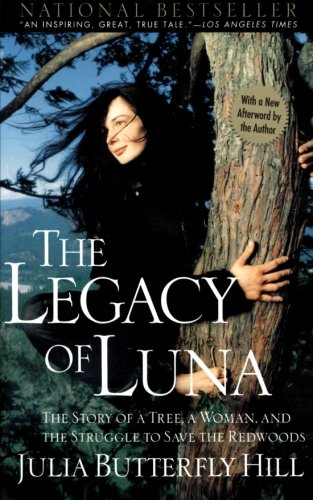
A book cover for The Legacy of Luna: The Story of a Tree, a Woman and the Struggle to Save the Redwoods; Julia Hill; Biographies & Memoirs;